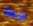
جدا